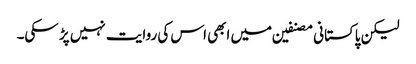
لیکن پاکستانی مصنفین میں ابھی اس کی روایت نہیں پڑ سکی۔